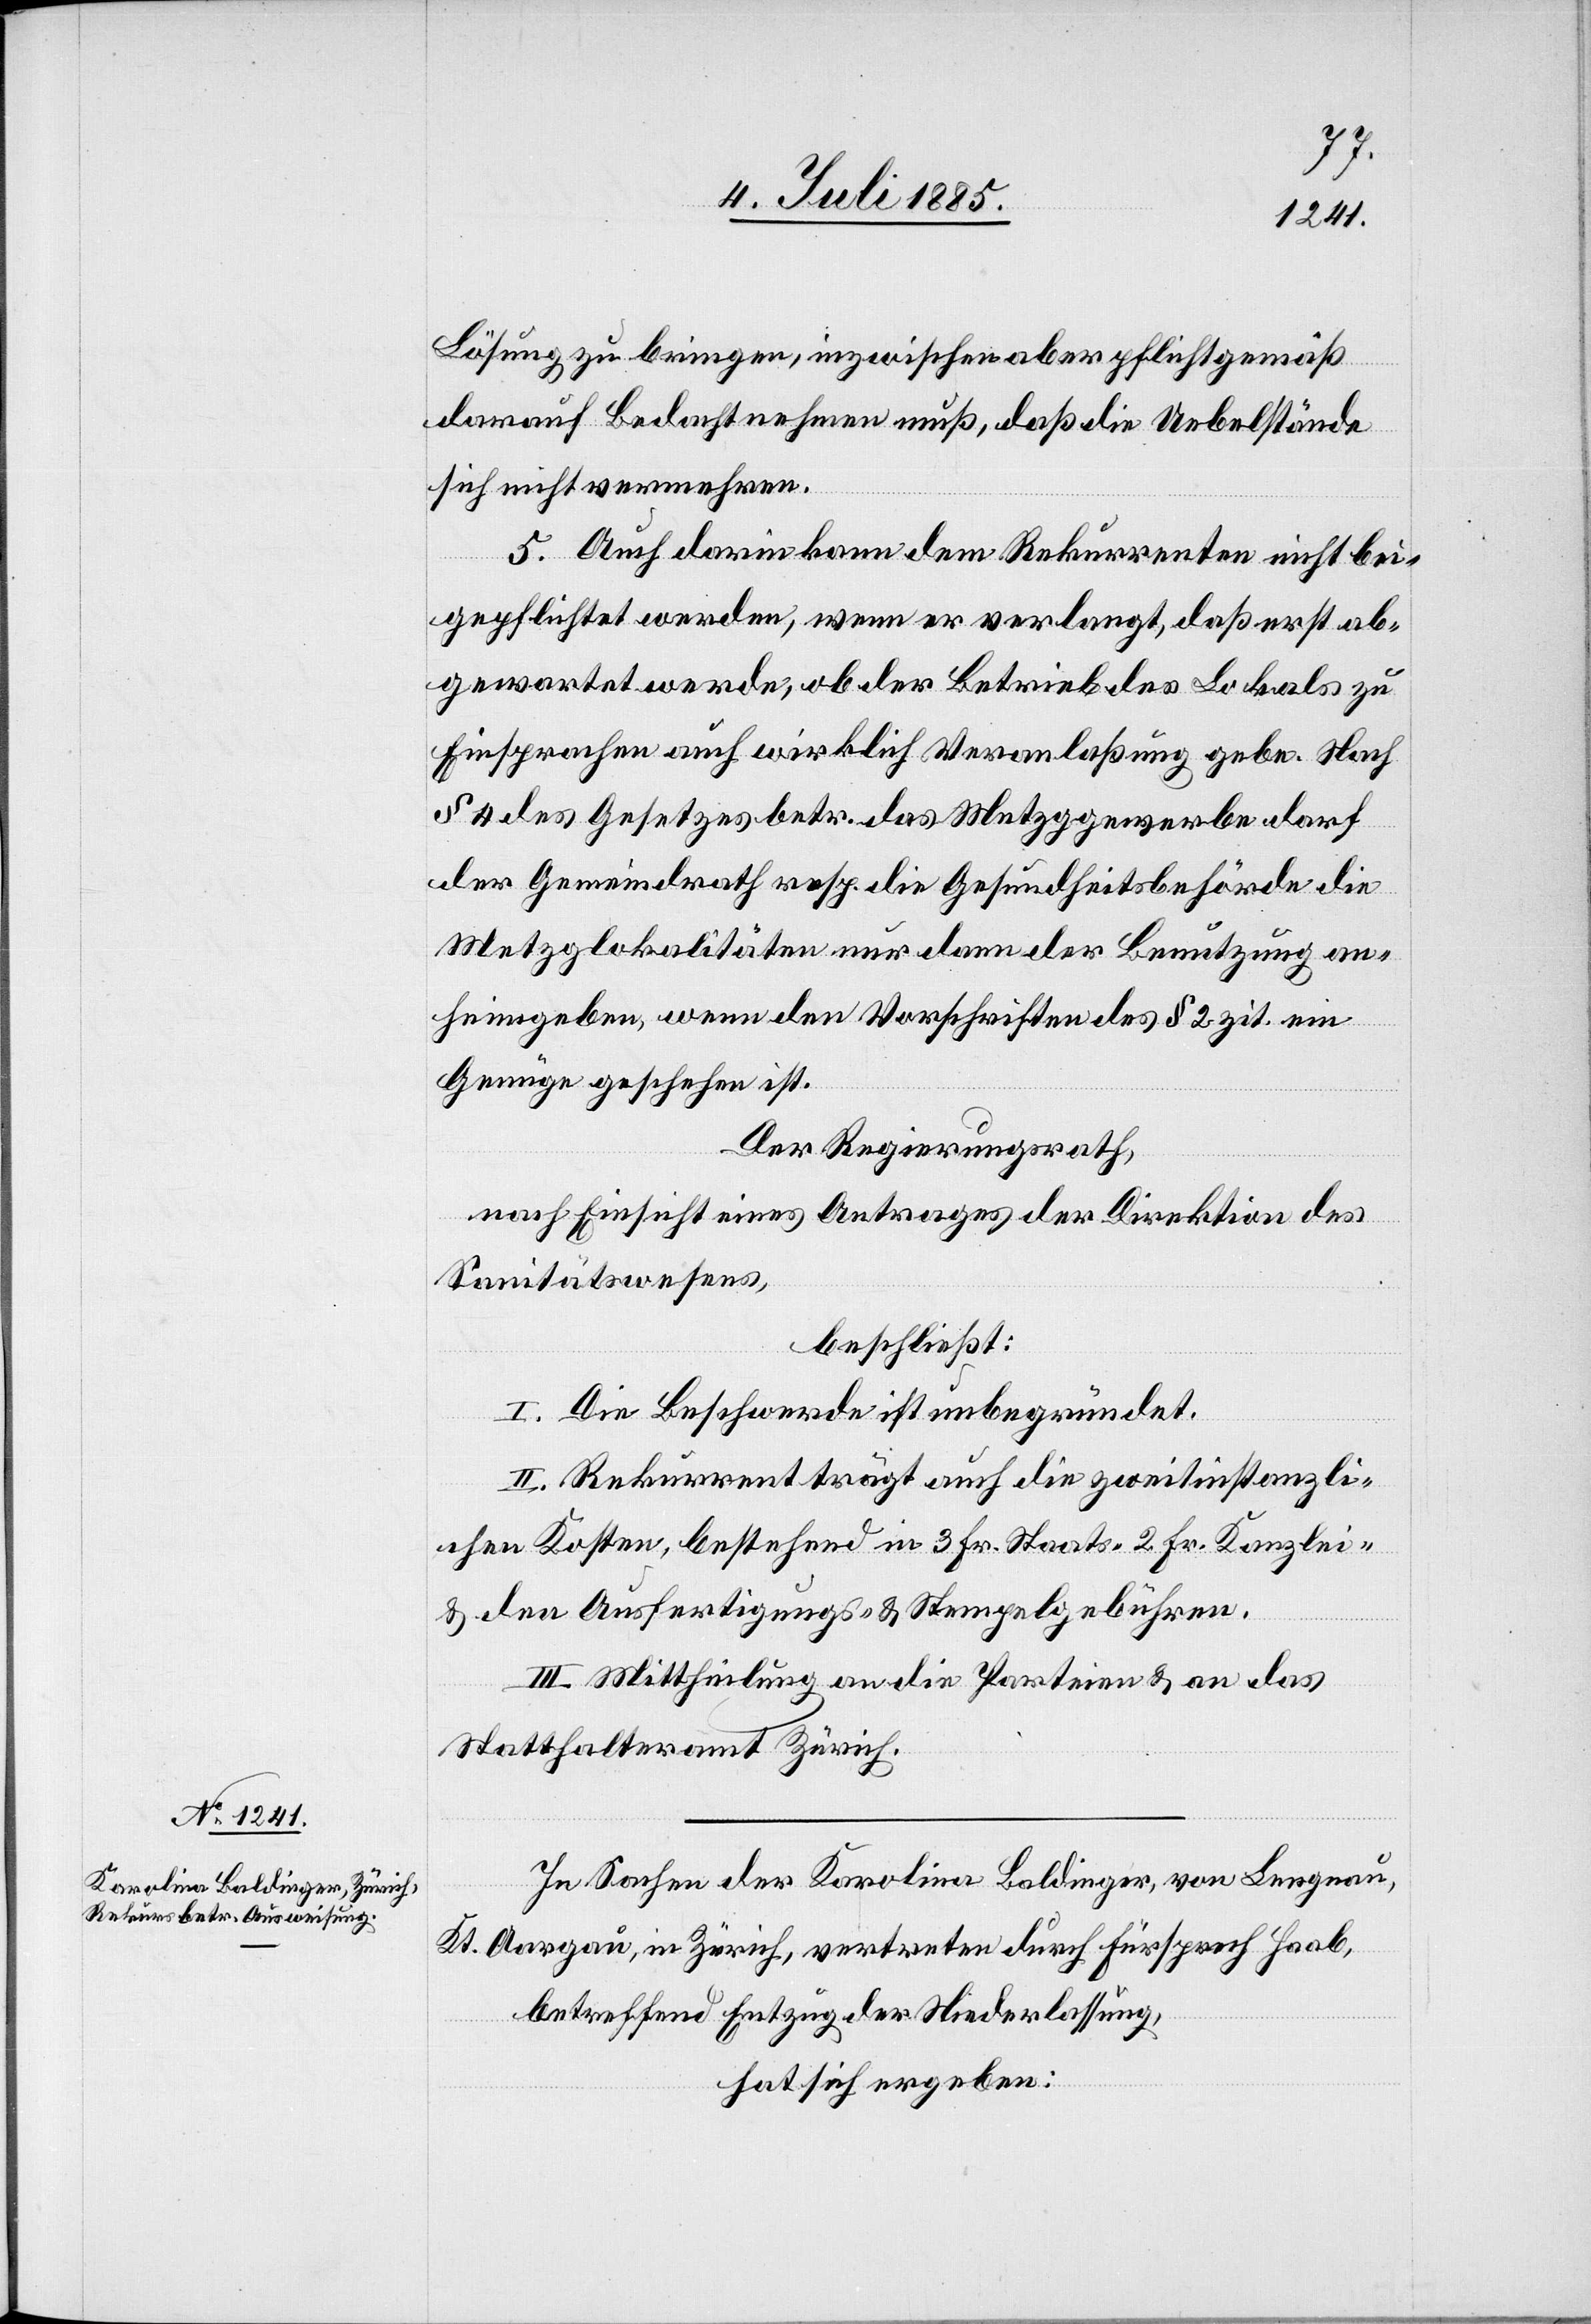
Lösung zu bringen, inzwischen aber pflichtgemäß
darauf Bedacht nehmen muß, daß die Uebelstände
sich nicht vermehren.
5. Auch darin kann dem Rekurrenten nicht bei¬
gepflichtet werden, wenn er verlangt, daß erst ab¬
gewartet werde, ob der Betrieb des Lokals zu
Einsprachen auch wirklich Veranlaßung gebe. Nach
§ 4 des Gesetzes betr. das Metzggewerbe darf
der Gemeindrath resp. die Gesundheitsbehörde die
Metzglokalitäten nur dann der Benutzung an¬
heimgeben, wenn den Vorschriften des § 2 zit. ein
Genüge geschehen ist.
Der Regierungsrath,
nach Einsicht eines Antrages der Direktion des
Sanitätswesens,
beschließt:
I. Die Beschwerde ist unbegründet.
II. Rekurrent trägt auch die zweitinstanzli¬
chen Kosten, bestehend in 3 Fr. Staats-[,] 2 Fr. Kanzlei-
& den Ausfertigungs- & Stempelgebühren.
III. Mittheilung an die Parteien & an das
Statthalteramt Zürich.